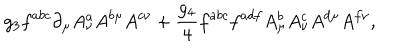
LaTeX: g _ { 3 } f ^ { a b c } \partial _ { \mu } A _ { \nu } ^ { a } A ^ { b \mu } A ^ { c \nu } + { \frac { g _ { 4 } } { 4 } } f ^ { a b c } f ^ { a d f } A _ { \mu } ^ { b } A _ { \nu } ^ { c } A ^ { d \mu } A ^ { f \nu } ,